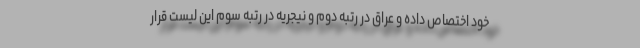
خود اختصاص داده و عراق در رتبه دوم و نیجریه در رتبه سوم این لیست قرار